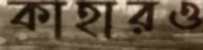
কাহারও